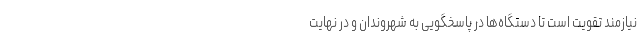
نیازمند تقویت است تا دستگاه‌ها در پاسخگویی به شهروندان و در نهایت